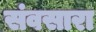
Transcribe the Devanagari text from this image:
संवसारा